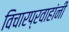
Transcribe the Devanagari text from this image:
विचारप्रवाहांनी